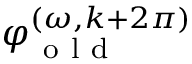
\varphi _ { \mathrm { ~ o ~ l ~ d ~ } } ^ { ( \omega , k + 2 \pi ) }